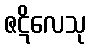
ဇဋိလေသု